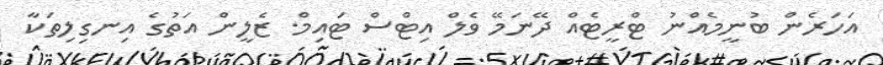
އަހަރެން ބުނީމެއްނު ޓްރީޓެއް ދޭނަމޭ ވެލް އިޓްސް ޓައިމް. ޒެލީން އަތުގެ އިނގިލިތަކާ